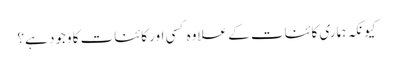
کیونکہ ہماری کائنات کے علاوہ کسی اور کائنات کا وجود ہے؟